Annual statistical returns and brief notes on vaccination in Bengal - 1887-1898
Year: 1887
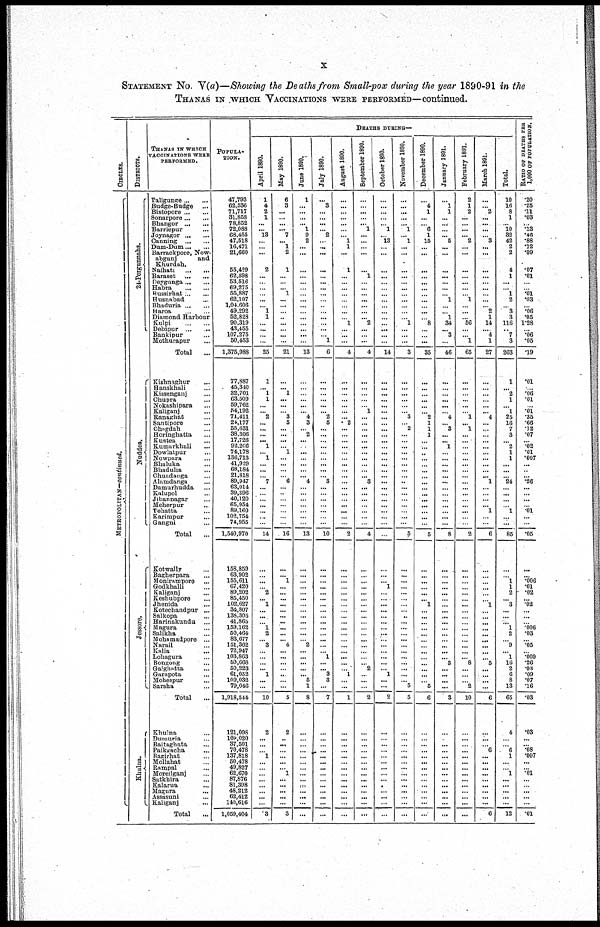
x
STATEMENT No. V(a)—Showing the Deaths from Small-pox during the year 1890-91 in the
THANS IN WHICH VACCINATIONS WERE PERFORMED—continued.
CIRCLES.
METROPOLITAN—continued.
DISTRICTS.
24-Porgunnahs.
Nuddes.
Jessore.
Khulna.
THANAS IN WHICH
VACCINATIONS WERE
PREFORMED.
Taligunge ... ...
Budge-Budge
...
Bistopore ... ...
Sonarpore ... ...
Bhangor
...
...
Barriepur ... ...
Joynagor
...
...
Canning
...
...
Dum-Dum ... ...
Barrackpore, Now¬
abgunj
and
Khurdah.
Naihati
...
...
Baraset
...
...
Deygunga ... ...
Habra
...
...
Bussirhat ... ...
Husnabad ... ...
Bhaduria
...
...
Haroa ... ...
Diamond Harbour
Kulpi
...
...
Debipur
...
...
Bankipur ... ...
Mothurapur ...
Total ...
Kishnaghur
...
Hanskhali ...
Kissenganj ...
Chupra ...
Nokashipara ...
Kaliganj ...
Ranaghat ...
Santipore ...
Chagdah ...
Horinghatta ...
Kustea ...
Kumurkhali ...
Dowlatpur ...
Nowpara ...
Bhaluka ...
Bhadulia ...
Chundauga ...
Alamdanga ...
Damurhudda ...
Kalupol ...
Jibannagar ...
Meherpur ...
Tehatta ...
Karimpur ...
Gangni ...
Total ...
Kotwally ...
Bagherpara ...
Monirampore
...
Godkhalli ...
Kaliganj ...
Keshubpore
...
Jhenida
...
Kotechandpur ...
Salkopa ...
Harinakundu
...
Magura ...
Salikha ...
Mohamadpore ...
Narail ...
Kalia ...
Lohagura ...
Bongong ...
Gaighatta ...
Garapota ...
Mohespur ...
Sarsha ...
Total ...
Khulna ...
Dumuria ...
Baitaghata
...
Paikgacha ...
Bagirhat ...
Mollahat ...
Rampal ...
Moreilganj ...
Satkhira ...
Kalarua ...
Magura ...
Assasuni ...
Kaliganj ...
Total ...
POPULA¬
TION.
47,793
62,536
71,717
31,858
78,852
72,088
68,455
47,518
16,471
21,660
55,429
62,598
53,516
69,275
55,887
62,107
1,04,606
49,292
52,828
90,319
43,455
107,275
50,453
1,375,988
77,887
45,310
32,701
63,509
59,762
54,192
71,411
24,177
55,631
38,306
17,726
92,266
74,178
136,713
41,929
68,184
21,818
89,947
63,014
39,396
40,120
65,954
89,160
102,754
74,955
1,540,970
158,859
63,902
155,611
67,420
89,202
85,450
102,627
34,807
138,305
41,865
159,162
50,464
83,677
151,362
72,947
103,863
59,668
50,223
61,052
109,032
79,046
1,918,544
121,098
109,020
37,501
70,478
137,818
50,478
49,827
62,670
87,876
81,398
48,212
62,412
140,616
1,059,404
DEATHS DURING—
April 1890.
1
4
2
1
...
... 13
...
...
...
2
...
...
...
...
...
... 1
1
...
...
...
...
25
1
... 1
1
...
...
2
...
...
...
...
1
...
l
...
...
...
7
...
... ...
...
...
...
...
14
...
...
...
... 2
... l
...
...
... l
2
... 3
...
...
... ... 1
...
...
10
2
...
...
... 1
... ...
...
...
...
...
...
...
3
May 1890.
6
3
...
...
...
... 7
... 1
2
1
...
...
... 1
...
...
...
...
...
...
...
...
21
...
... 1
...
...
... 3
5
...
...
...
... 1
...
...
...
...
6
...
...
...
...
...
...
...
16
...
... 1
...
...
... ...
...
...
... ...
...
... 4
...
...
...
...
...
...
...
5
2
...
...
...
...
... ... l
...
...
...
...
...
3
June 1890.
1
...
...
...
... 1
9
2
...
...
...
...
...
...
...
...
... ...
...
...
...
...
...
13
...
...
...
...
...
... 4
3
... 2
...
...
...
...
...
...
... 4
...
...
...
...
...
...
...
13
...
...
...
...
...
... ...
...
...
... ...
...
... 2
...
...
...
...
... 5
1
8
...
...
...
...
...
... ...
...
... ...
...
...
...
...
July 1890.
...
3
...
...
...
... 2
...
...
...
...
...
...
...
...
...
... ...
...
...
...
...
l
6
...
...
...
...
...
... 2
5
...
...
...
...
...
...
...
...
... 3
...
...
...
...
...
...
...
10
...
...
...
...
...
... ...
...
...
... ...
...
...
... ... 1
...
... 3
3
...
7
...
...
... ...
...
... ...
...
...
...
...
...
...
...
August 1890.
...
...
...
...
...
...
... 1
1
...
1
...
...
...
...
...
...
...
...
1
...
...
...
4
...
...
...
...
...
...
... 2
...
...
...
...
...
...
...
...
...
...
... ...
...
...
...
...
....
2
...
...
...
...
...
... ...
...
...
... ...
...
...
...
...
...
...
... 1
...
...
l
...
...
...
...
...
... ...
...
...
...
...
...
...
...
September 1890.
...
...
...
...
... 1
...
...
...
...
... 1
...
...
...
...
... ...
... 2
...
...
...
4
...
...
...
...
...
1
...
...
...
...
...
...
...
...
...
...
... 3
...
...
...
...
...
...
...
4
...
...
...
...
...
... ...
...
...
... ...
...
...
...
...
...
... 2
...
...
...
2
...
...
...
...
...
... ...
...
...
...
...
...
...
...
October 1890.
...
...
...
...
...
1
...
13
...
...
...
...
...
...
...
...
...
...
...
...
...
...
...
14
...
...
...
...
...
... ...
...
...
...
...
...
...
...
...
...
...
...
...
...
...
...
...
...
...
...
...
...
... 1
...
... ...
...
...
... ...
...
...
...
...
...
...
... 1
...
...
2
...
...
...
...
...
... ...
...
...
...
...
...
...
...
November 1890.
...
...
...
... 1
... 1
...
...
...
...
...
...
...
...
...
...
...
l
...
...
...
3
...
...
...
...
...
...
3
...
2
...
...
...
...
...
...
...
...
...
...
...
...
...
...
...
...
5
...
...
...
...
...
... ...
...
...
... ...
...
...
...
...
...
...
...
...
... 5
5
...
...
...
...
...
... ...
...
...
...
...
...
...
...
December 1890.
...
4
1
...
... 6
1
15
...
...
...
...
...
...
...
...
...
... ...
8
...
...
...
35
...
...
...
...
...
...
2
1
1
1
...
...
...
...
...
...
...
...
...
...
...
...
...
...
...
5
...
...
...
...
...
... 1
...
...
... ...
...
...
...
...
...
...
...
...
... 5
6
...
...
... ...
...
... ...
...
...
...
...
...
...
...
January 1891.
...
1
1
...
...
...
...
5
...
...
...
...
...
...
... 1
...
... 1
34
...
3
...
46
...
...
...
...
...
...
4
...
3
...
...
1
...
...
...
...
...
...
...
...
...
...
...
...
...
8
...
...
...
...
...
... ...
...
...
... ...
...
...
...
...
... 3
...
...
...
...
3
...
...
... ...
...
... ...
...
...
...
...
...
...
...
February 1891.
2
1
2
...
...
...
... 2
...
...
...
...
...
...
... 1
...
...
...
56
...
...
1
65
...
...
...
...
...
...
l
... 1
...
...
...
...
...
...
...
...
...
...
...
...
...
...
...
2
...
...
...
...
...
... ...
...
...
... ...
...
...
...
...
...
8
...
...
... 2
10
...
...
... ...
...
... ...
...
...
...
...
...
...
...
March 1891.
...
... 2
...
...
...
...
3
...
...
...
...
...
...
...
...
... 2
1
14
...
4
1
27
...
...
...
...
...
... 4
...
...
...
...
...
...
...
...
...
... 1
...
...
...
... 1
...
...
6
...
...
...
...
...
... 1
...
...
... ...
...
...
...
...
... 5
...
...
...
...
6
...
...
... 6
...
... ...
...
...
...
...
...
...
6
Total.
10
16
8
1
... 10
32
42
2
2
4
1
...
... 1
2
... 3
3
116
...
7
3
263
1
...
2
1
... 1
25
16
7
3
...
2
1
1
...
... ...
24
...
...
...
... 1
...
...
85
...
... 1
1
2
... 3
...
...
... 1
2
... 9
... 1
16
2
6
8
13
65
4
...
... 6
1
... ... 1
...
...
...
...
...
12
RATIO OF DEATHS PER
1,000 OF POPULATION.
.20
.25
.11
.03
...
.13
.46
.88
.12
.09
.07
.01
...
...
.01
.03
... .06
.05
1.28
...
.06
.05
.19
.01
...
.06
.01
...
.01
.35
.66
.12
.07
...
.02
.01
.007
...
...
... .26
...
...
...
... .01
...
...
.05
...
... .006
.01
.02
... .02
...
...
... .006
.03
... .05
... .009
.26
.03
.09
.07
.16
.03
.03
...
... .08
.007
... ... 01
...
...
...
...
.01